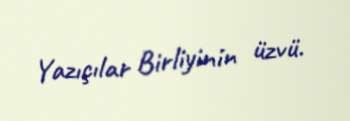
Yazıçılar Birliyinin üzvü.